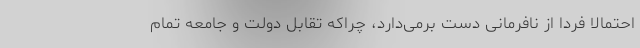
احتمالا فردا از نافرمانی دست برمی‌دارد، چراکه تقابل دولت و جامعه تمام